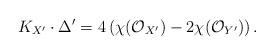
LaTeX: \begin{align*}K_{X^{\prime}}\cdot \Delta^{\prime}=4\left(\chi(\mathcal{O}_{X^{\prime}})-2\chi(\mathcal{O}_{Y^{\prime}})\right).\end{align*}